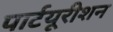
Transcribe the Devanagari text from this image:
पार्टयूरीशन